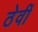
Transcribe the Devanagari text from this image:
ठेवीं